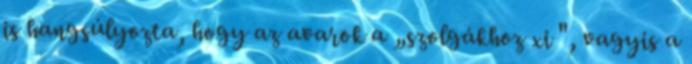
is hangsúlyozta, hogy az avarok a „szolgákhoz xi ", vagyis a